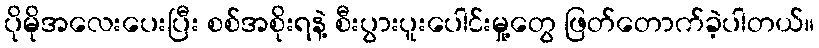
ပိုမိုအလေးပေးပြီး စစ်အစိုးရနဲ့ စီးပွားပူးပေါင်းမှု့တွေ ဖြတ်တောက်ခဲ့ပါတယ်။